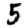
Digit: 5